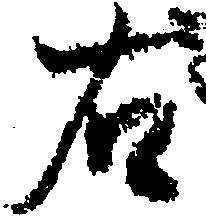
右